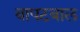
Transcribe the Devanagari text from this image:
बापटबाल